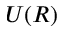
U ( R )